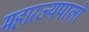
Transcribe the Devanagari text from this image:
महारज्यपालों